Civil Veterinary Dept. Bombay admin report 1923-31 - 1923-1931
Year: 1923
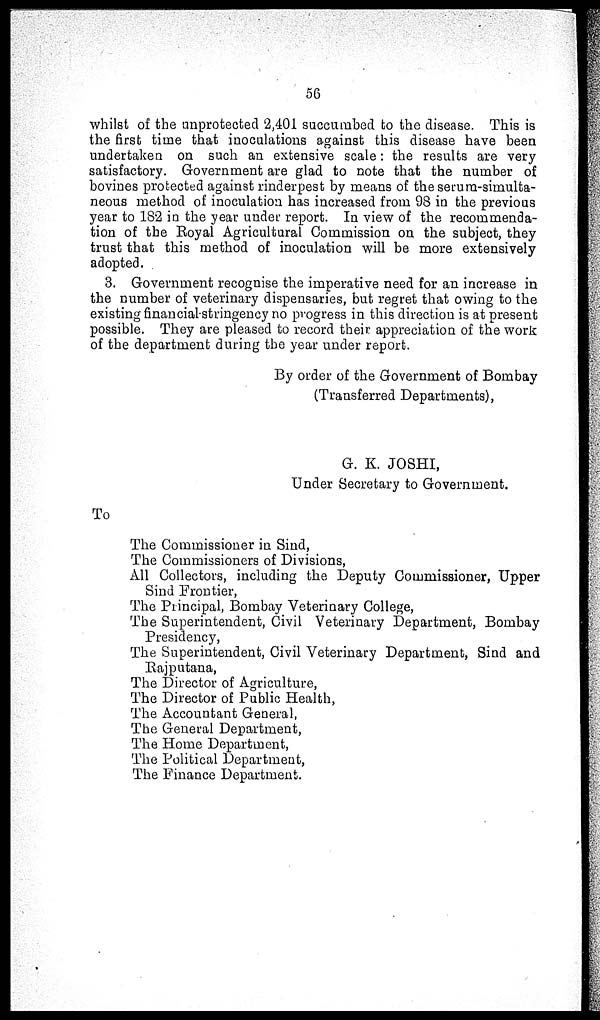
56
whilst of the unprotected 2,401 succumbed to the disease. This is
the first time that inoculations against this disease have been
undertaken on such an extensive scale: the results are very
satisfactory. Government are glad to note that the number of
bovines protected against rinderpest by means of the serum-simulta-
neous method of inoculation has increased from 98 in the previous
year to 182 in the year under report. In view of the recommenda-
tion of the Royal Agricultural Commission on the subject, they
trust that this method of inoculation will be more extensively
adopted.
3. Government recognise the imperative need for an increase in
the number of veterinary dispensaries, but regret that owing to the
existing financial-stringency no progress in this direction is at present
possible. They are pleased to record their appreciation of the work
of the department during the year under report.
By order of the Government of Bombay
(Transferred Departments),
G. K. JOSHI,
Under Secretary to Government.
To
The Commissioner in Sind,
The Commissioners of Divisions,
All Collectors, including the Deputy Commissioner, Upper
Sind Frontier,
The Principal, Bombay Veterinary College,
The Superintendent, Civil Veterinary Department, Bombay
Presidency,
The Superintendent, Civil Veterinary Department, Sind and
Rajputana,
The Director of Agriculture,
The Director of Public Health,
The Accountant General,
The General Department,
The Home Department,
The Political Department,
The Finance Department.